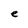
Character: e